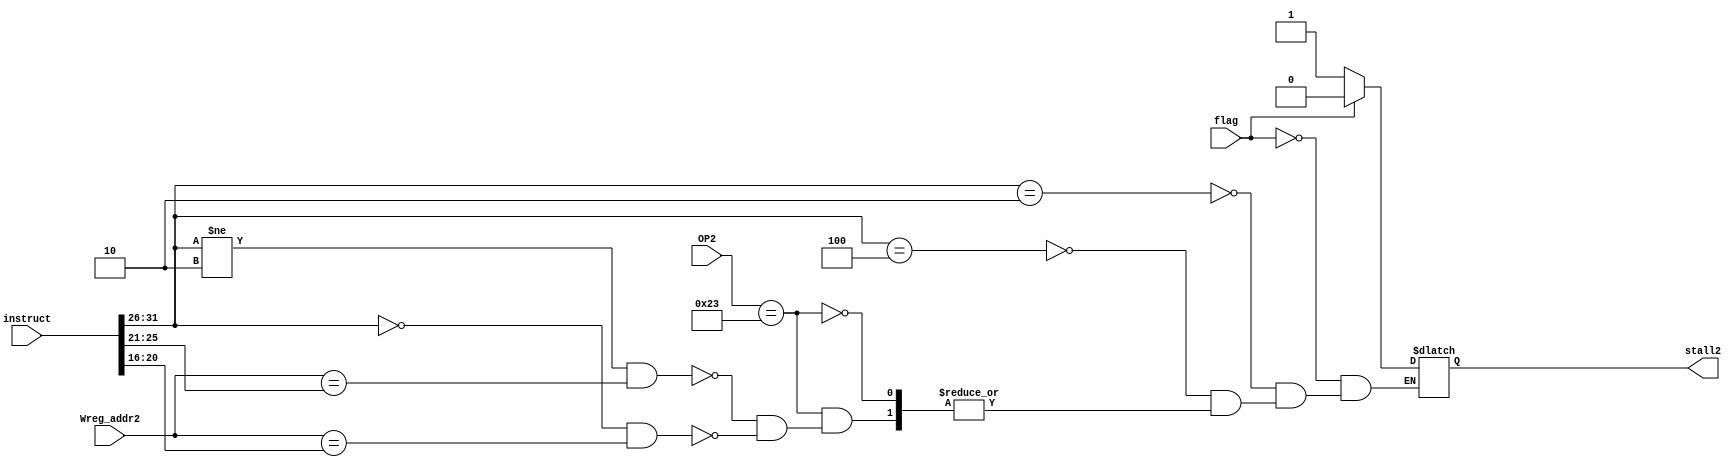
module Staller(
input wire [31:0] instruct,
input wire [4:0] Wreg_addr2,

input wire flag,
input wire [5:0] OP2,

output reg stall2
);

always @ (*)
begin
  if (flag)
    stall2 <= 0;

  else if (instruct[31:26] == 6'b000010) // jump 
    stall2 <= 1;

  else if (instruct[31:26] == 6'b000100) //beg 
    stall2 <= 1;

  else if (OP2 == 6'b100011) // 2 stage   lw
  begin
    if (instruct[31:26] != 6'b000010 && Wreg_addr2 == instruct[25:21]) // 1 stage  jump   lw     
      stall2 <= 1;
    else if (instruct[31:26] == 6'b000000 && Wreg_addr2 == instruct[20:16]) // 1 stage  R-type  lw     
      stall2 <= 1;
  end
end

initial
begin
  stall2 <= 0;
end
endmodule